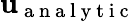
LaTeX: \mathbf{u}_{\mathrm{{~a~n~a~l~y~t~i~c~}}}